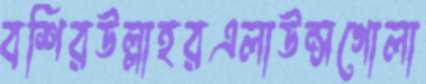
বশিরউল্লাহরএলাউন্সগোলা